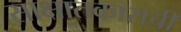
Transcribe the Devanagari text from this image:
साक्षातकाराची